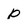
Character: p